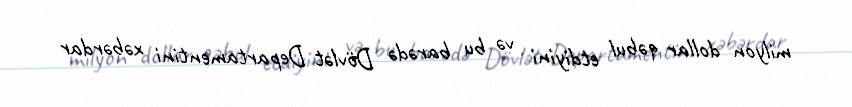
milyon dollar qəbul etdiyini və bu barədə Dövlət Departamentini xəbərdar